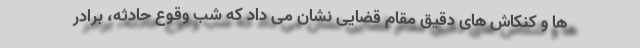
ها و کنکاش های دقیق مقام قضایی نشان می داد که شب وقوع حادثه، برادر